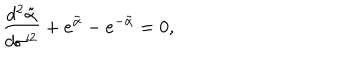
\frac { d ^ { 2 } \tilde { \alpha } } { d \sigma ^ { 2 } } + e ^ { \tilde { \alpha } } - e ^ { - \tilde { \alpha } } = 0 ,